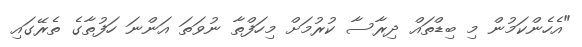
"އެހެންކަމުން މި ބިޑްތައް ދިރާސާ ކުރުމަށް މިހަފްތާ ނުވަތަ އަންނަ ހަފުތާގެ ތެރޭގައި